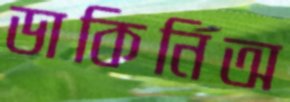
ডাকিনিঅ